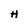
Character: H